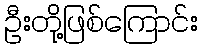
ဦးတို့ဖြစ်ကြောင်း